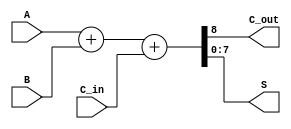
module ls283(
	input C_in,
	input [7:0]A,
	input [7:0]B,
	output reg C_out,
	output reg [7:0]S
);

always@(*)
begin
	{C_out,S} = A + B + C_in;
end
endmodule